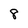
Character: 8